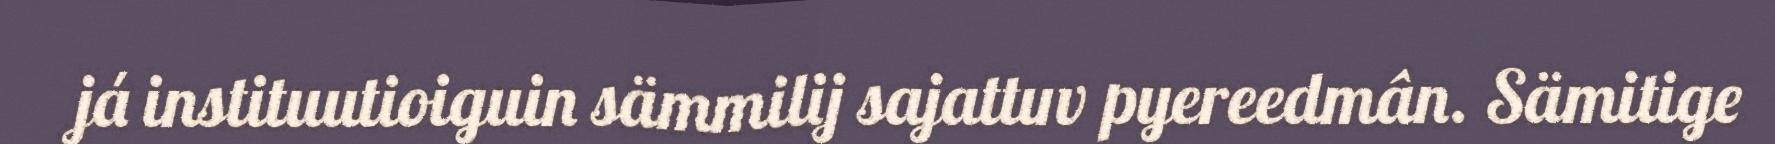
já instituutioiguin sämmilij sajattuv pyereedmân. Sämitige